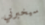
سيخبرني